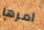
امرها